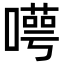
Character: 𠿸